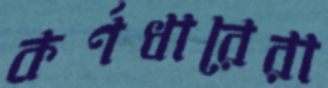
কর্ণধারেরা